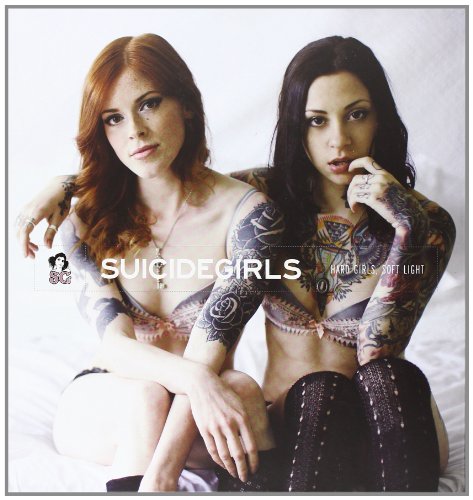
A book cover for SuicideGirls: Hard Girls, Soft Light; Missy Suicide; Arts & Photography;